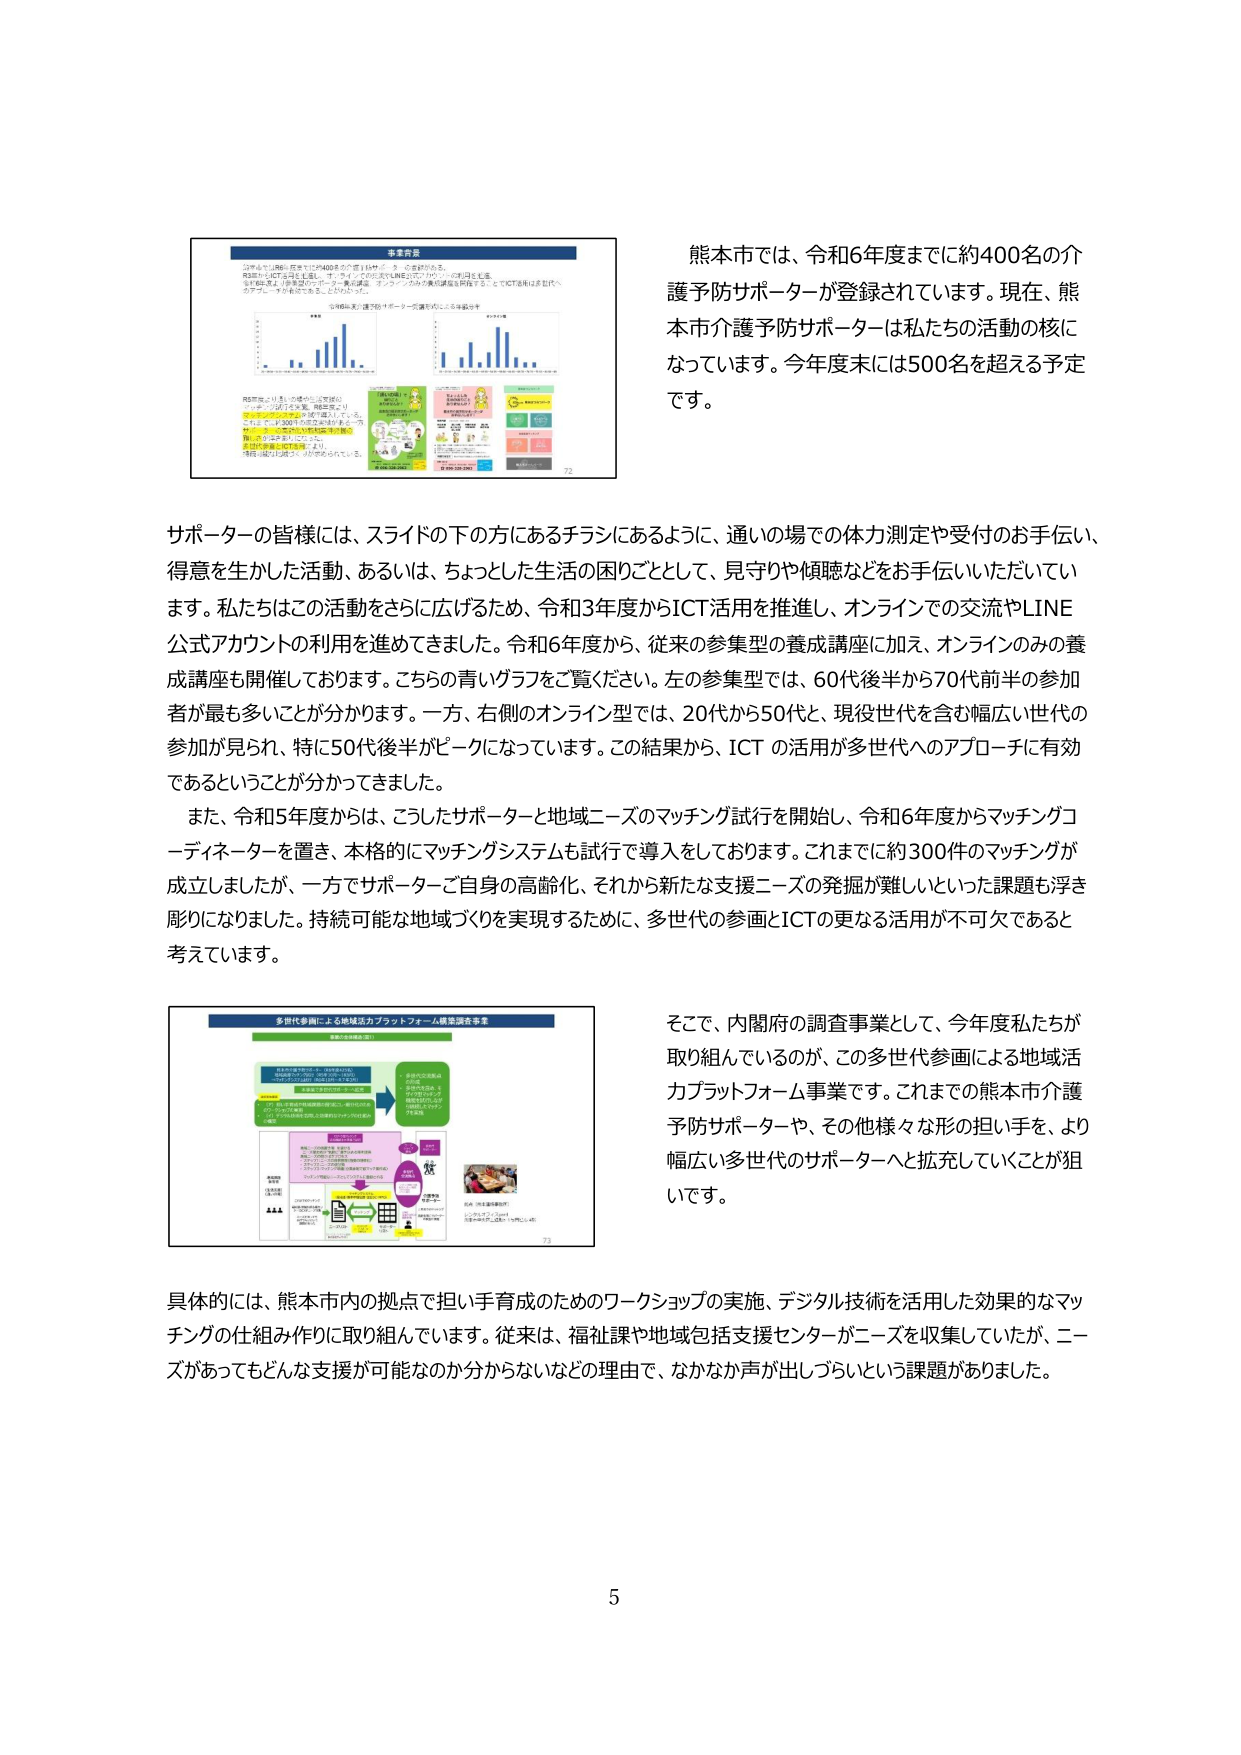
熊本市では、令和6年度までに約400名の介護予防サポーターが登録されています。現在、熊本市介護予防サポーターは私たちの活動の核になっています。今年度末には500名を超える予定です。

サポーターの皆様には、スライドの下の方にあるチラシにあるように、通いの場での体力測定や受付のお手伝い、得意を生かした活動、あるいは、ちょっとした生活の困りごととして、見守りや傾聴などをお手伝いいただいています。私たちはこの活動をさらに広げるため、令和3年度からICT活用を推進し、オンラインでの交流やLINE公式アカウントの利用を進めてきました。令和6年度から、従来の参集型の養成講座に加え、オンラインのみの養成講座も開催しております。こちらの青いグラフをご覧ください。左の参集型では、60代後半から70代前半の参加者が最も多いことが分かります。一方、右側のオンライン型では、20代から50代、現役世代を含む幅広い世代の参加が見られ、特に50代後半がピークになっています。この結果から、ICTの活用が多世代へのアプローチに有効であるということが分かってきました。

また、令和5年度からは、こうしたサポーターと地域ニーズのマッチング試行を開始し、令和6年度からマッチングコーディネーターを置き、本格的にマッチングシステムも試行で導入しております。これまでに約300件のマッチングが成立しましたが、一方でサポーターご自身の高齢化、それから新たな支援ニーズの発掘が難しいといった課題も浮き彫りになりました。持続可能な地域づくりを実現するために、多世代の参画とICTの更なる活用が不可欠であると考えています。

そこで、内閣府の調査事業として、今年度私たちが取り組んでいるのが、この多世代参画による地域活力プラットフォーム事業です。これまでの熊本市介護予防サポーターや、その他様々な形の担い手を、より幅広い多世代のサポーターへと拡充していくことが狙いです。

具体的には、熊本市内の拠点で担い手育成のためのワークショップの実施、デジタル技術を活用した効果的なマッチングの仕組み作りに取り組んでいます。従来は、福祉課や地域包括支援センターがニーズを収集していたが、ニーズがあってもどんな支援が可能なのか分からないなどの理由で、なかなか声が出しづらいという課題がありました。

5